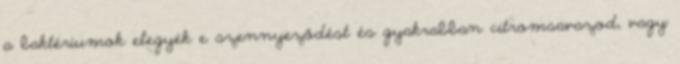
a baktériumok elegyék e szennyeződést és gyakrabban citromsavazod, vagy